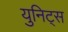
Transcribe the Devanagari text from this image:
युनिट्स